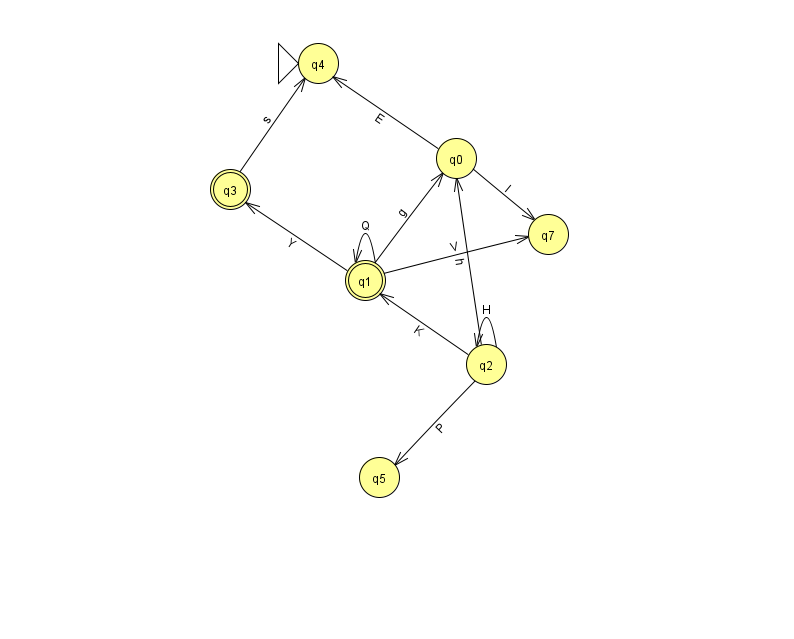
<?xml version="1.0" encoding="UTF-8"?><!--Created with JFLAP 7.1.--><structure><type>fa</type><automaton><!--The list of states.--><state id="0" name="q0"><x>456.0</x><y>145.0</y></state><state id="1" name="q1"><x>365.0</x><y>267.0</y><final/></state><state id="2" name="q2"><x>486.0</x><y>351.0</y></state><state id="3" name="q3"><x>230.0</x><y>176.0</y><final/></state><state id="4" name="q4"><x>318.0</x><y>50.0</y><initial/></state><state id="5" name="q5"><x>379.0</x><y>464.0</y></state><state id="7" name="q7"><x>548.0</x><y>221.0</y></state><!--The list of transitions.--><transition><from>1</from><to>1</to><read>Q</read></transition><transition><from>2</from><to>0</to><read>h</read></transition><transition><from>0</from><to>4</to><read>E</read></transition><transition><from>1</from><to>0</to><read>g</read></transition><transition><from>2</from><to>2</to><read>H</read></transition><transition><from>3</from><to>4</to><read>s</read></transition><transition><from>2</from><to>5</to><read>P</read></transition><transition><from>0</from><to>7</to><read>I</read></transition><transition><from>1</from><to>3</to><read>Y</read></transition><transition><from>1</from><to>7</to><read>V</read></transition><transition><from>2</from><to>1</to><read>K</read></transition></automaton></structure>